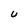
Character: U